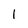
Character: I